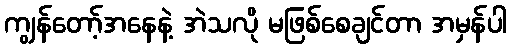
ကျွန်တော့်အနေနဲ့ အဲသလို မဖြစ်စေချင်တာ အမှန်ပါ